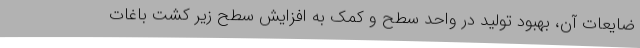
ضایعات آن، بهبود تولید در واحد سطح و کمک به افزایش سطح زیر کشت باغات